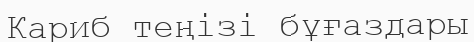
Кариб теңізі бұғаздары